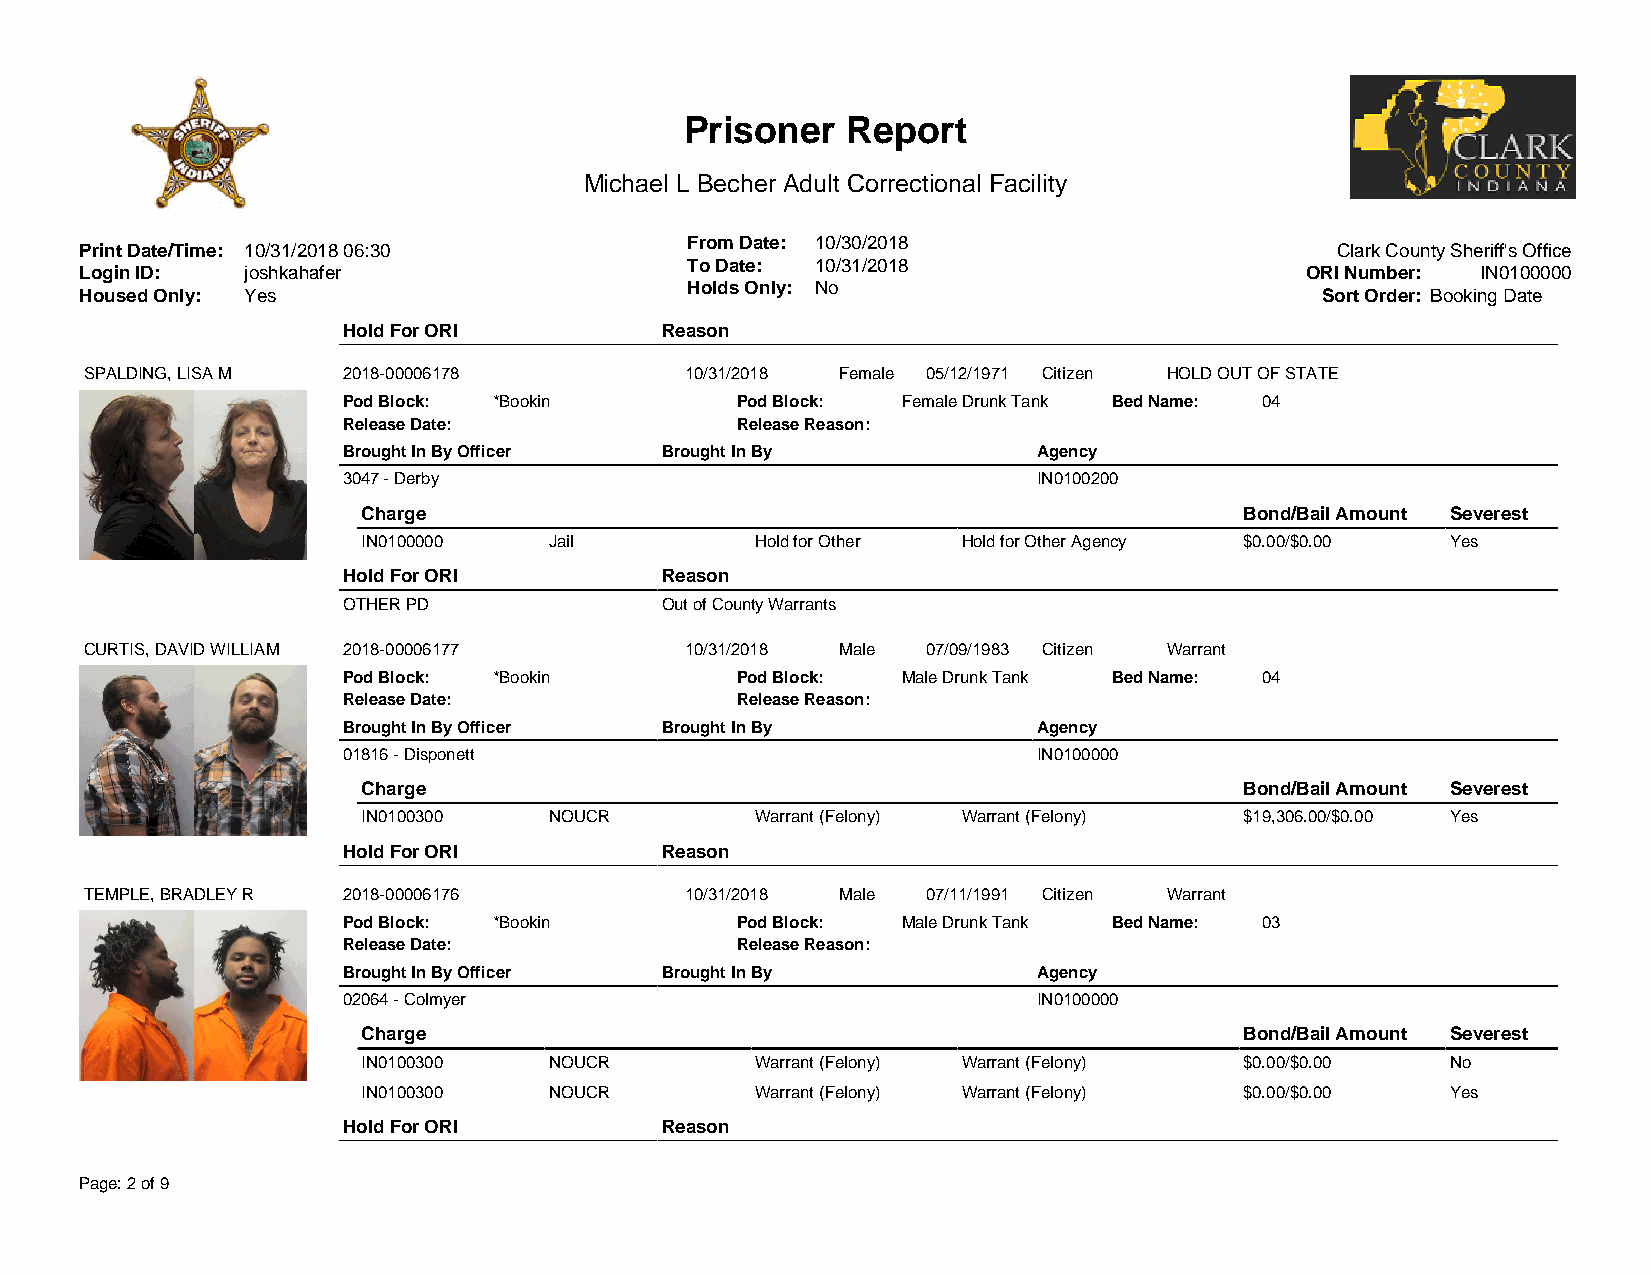
Prisoner   Report
 Michael L Becher Adult Correctional Facility
 From Date: 10/30/2018
 Print Date/Time: 10/31/2018 06:30                                                  Clark County Sheriff's Office
 To Date: 10/31/2018
 Login ID:  joshkahafer                                                           ORI Number: IN0100000
 Holds Only: No
 Housed Only: Yes                                                                  Sort Order: Booking Date
 Hold For ORI         Reason
 SPALDING, LISA M 2018-00006178         10/31/2018 Female 05/12/1971 Citizen HOLD OUT OF STATE
 Pod Block: *Bookin        Pod Block: Female Drunk Tank Bed Name: 04
 Release Date:             Release Reason:
 Brought In By Officer Brought In By           Agency
 3047 - Derby                                  IN0100200
 Charge                                                    Bond/Bail Amount Severest
 IN0100000   Jail          Hold for Other Hold for Other Agency $0.00/$0.00 Yes
 Hold For ORI         Reason
 OTHER PD             Out of County Warrants
 CURTIS, DAVID WILLIAM 2018-00006177    10/31/2018 Male 07/09/1983 Citizen Warrant
 Pod Block: *Bookin        Pod Block: Male Drunk Tank Bed Name: 04
 Release Date:             Release Reason:
 Brought In By Officer Brought In By           Agency
 01816 - Disponett                             IN0100000
 Charge                                                    Bond/Bail Amount Severest
 IN0100300   NOUCR         Warrant (Felony) Warrant (Felony) $19,306.00/$0.00 Yes
 Hold For ORI         Reason
 TEMPLE, BRADLEY R 2018-00006176        10/31/2018 Male 07/11/1991 Citizen Warrant
 Pod Block: *Bookin        Pod Block: Male Drunk Tank Bed Name: 03
 Release Date:             Release Reason:
 Brought In By Officer Brought In By           Agency
 02064 - Colmyer                               IN0100000
 Charge                                                    Bond/Bail Amount Severest
 IN0100300   NOUCR         Warrant (Felony) Warrant (Felony) $0.00/$0.00 No
 IN0100300   NOUCR         Warrant (Felony) Warrant (Felony) $0.00/$0.00 Yes
 Hold For ORI         Reason
 Page: 2 of 9
 Page: 2 of 9